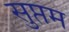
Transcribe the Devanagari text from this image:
सुप्तम